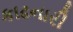
કાઢનારી